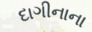
દાગીનાના